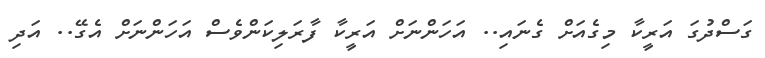
ގަސްދުގަ އަރީކާ މިގެއަށް ގެނައި.. އަހަންނަށް އަރީކާ ފާރަލިކަންވެސް އަހަންނަށް އެގޭ.. އަދި